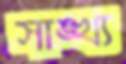
সাঙ্খ্য